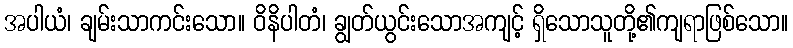
အပါယံ၊ ချမ်းသာကင်းသော။ ဝိနိပါတံ၊ ချွတ်ယွင်းသောအကျင့် ရှိသောသူတို့၏ကျရာဖြစ်သော။